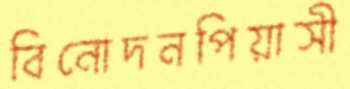
বিনোদনপিয়াসী